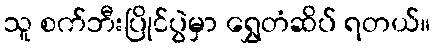
သူ စက်ဘီးပြိုင်ပွဲမှာ ရွှေတံဆိပ် ရတယ်။